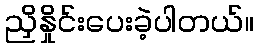
ညှိနှိုင်းပေးခဲ့ပါတယ်။